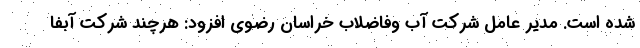
شده است. مدیر عامل شرکت آب وفاضلاب خراسان رضوی افزود: هرچند شرکت آبفا